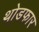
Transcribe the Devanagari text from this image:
थोडफार